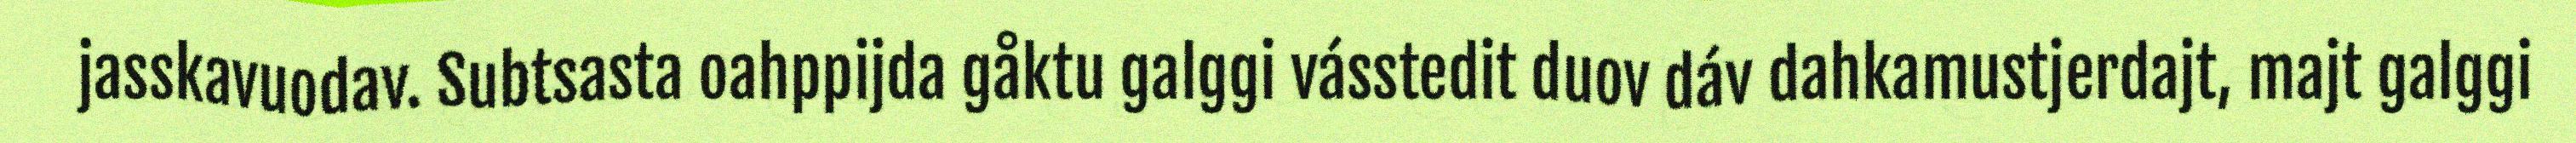
jasskavuodav. Subtsasta oahppijda gåktu galggi vásstedit duov dáv dahkamustjerdajt, majt galggi